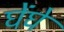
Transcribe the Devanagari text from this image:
घेंघे